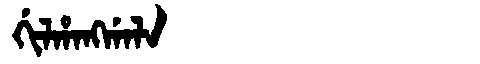
Manchu: ᡤᡳᠯᡥᠠᠩᡤᠠᠯᠠ
Romanization: GILHANGGALA